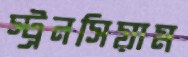
স্ট্রনসিয়াম